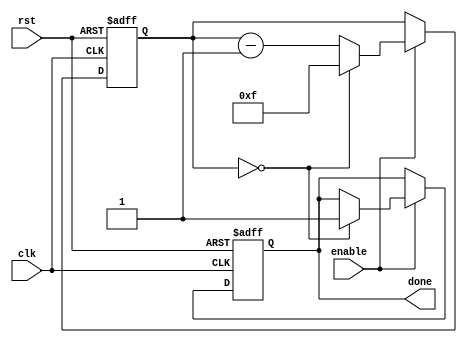
module Binary_Down_Counter_with_Enable (
    input wire clk,
    input wire rst,
    input wire enable,
    output reg done
);

reg [3:0] count;

initial begin
    count = 4'b1111; // Predefined initial value
    done = 0;
end

always @(posedge clk or posedge rst) begin
    if (rst) begin
        count <= 4'b1111; // Reset to initial value
        done <= 0;
    end else if (enable) begin
        if (count == 4'b0000) begin
            done <= 1;
            count <= 4'b1111; // Reset to initial value
        end else begin
            count <= count - 1;
        end
    end
end

endmodule